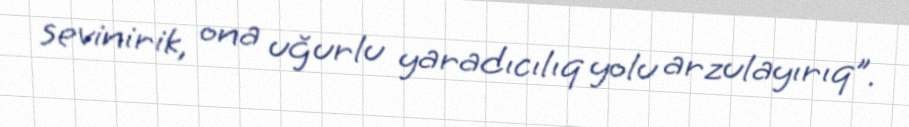
sevinirik, ona uğurlu yaradıcılıq yolu arzulayırıq”.